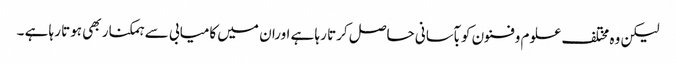
لیکن وہ مختلف علوم وفنون کو بآسانی حاصل کرتا رہا ہے اوران میں کامیابی سے ہمکنار بھی ہوتا رہا ہے ۔